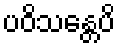
ပဝိသန္တေပိ